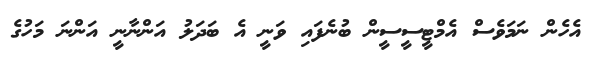
އެހެން ނަމަވެސް އެމްޓީސީސީން ބުނެފައި ވަނީ އެ ބަދަލު އަންނާނީ އަންނަ މަހުގެ